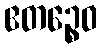
ဧတဉ္စေဝ